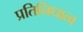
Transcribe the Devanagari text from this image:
प्रतिनिधात्व